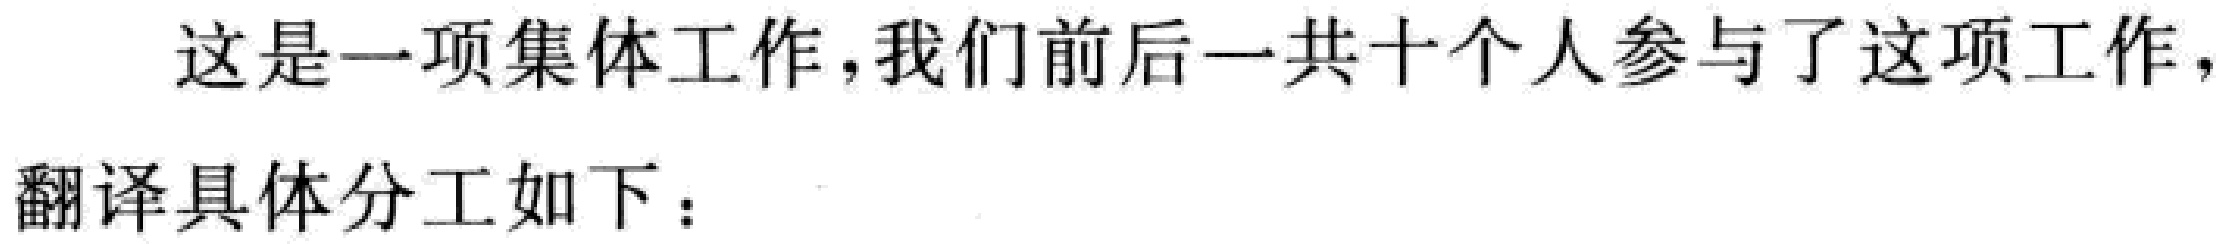
这是一项集体工作，我们前后一共十个人参与了这项工作，
翻译具体分工如下：